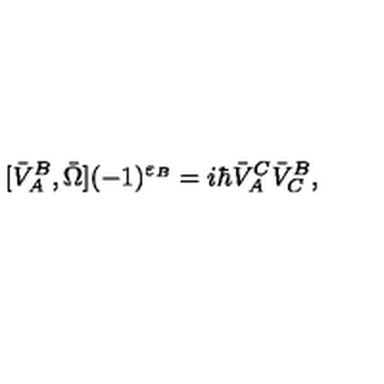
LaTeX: [ \bar { V } _ { A } ^ { B } , \bar { \Omega } ] ( - 1 ) ^ { \varepsilon _ { B } } = i \hbar \bar { V } _ { A } ^ { C } \bar { V } _ { C } ^ { B } ,